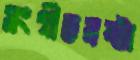
সংগীতস্রষ্টা